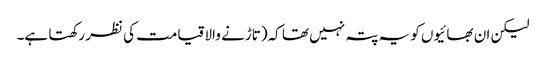
لیکن ان بھائیوں کو یہ پتہ نہیں تھا کہ(تاڑنے والا قیامت کی نظر رکھتا ہے۔